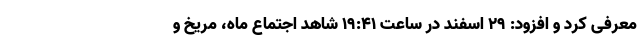
معرفی کرد و افزود: ۲۹ اسفند در ساعت ۱۹:۴۱ شاهد اجتماع ماه، مریخ و